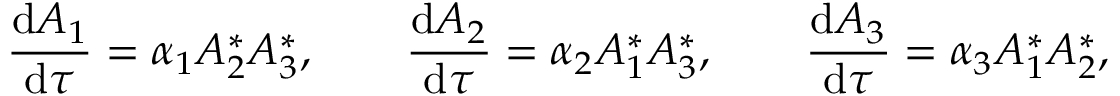
\frac { \mathrm { d } { A _ { 1 } } } { \mathrm { d } { \tau } } = \alpha _ { 1 } A _ { 2 } ^ { * } A _ { 3 } ^ { * } , \qquad \frac { \mathrm { d } { A _ { 2 } } } { \mathrm { d } { \tau } } = \alpha _ { 2 } A _ { 1 } ^ { * } A _ { 3 } ^ { * } , \qquad \frac { \mathrm { d } { A _ { 3 } } } { \mathrm { d } { \tau } } = \alpha _ { 3 } A _ { 1 } ^ { * } A _ { 2 } ^ { * } ,